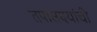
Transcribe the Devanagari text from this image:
तपासण्यांची